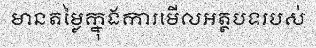
មានតម្លៃក្នុងការមើលអត្ថបទរបស់